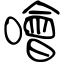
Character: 噲